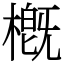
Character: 槪